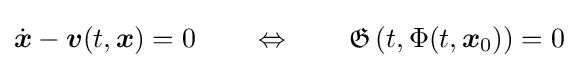
{\dot {\boldsymbol {x}}}-{\boldsymbol {v}}(t,{\boldsymbol {x}})=0\qquad \Leftrightarrow \qquad {\mathfrak {G}}\left(t,\Phi (t,{\boldsymbol {x}}_{0})\right)=0